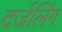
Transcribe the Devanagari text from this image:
दर्जलिंग